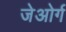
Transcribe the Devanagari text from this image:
जेओर्ग